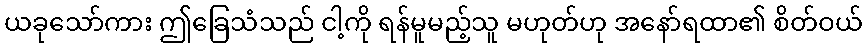
ယခုသော်ကား ဤခြေသံသည် ငါ့ကို ရန်မူမည့်သူ မဟုတ်ဟု အနော်ရထာ၏ စိတ်ဝယ်